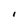
Character: I